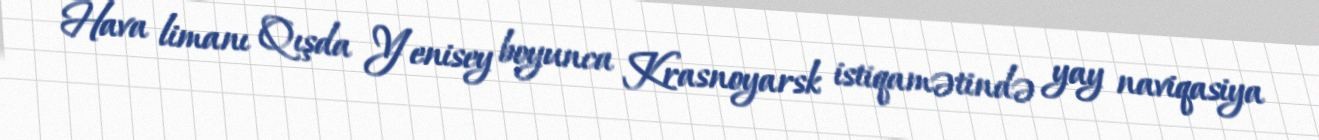
Hava limanı Qışda Yenisey boyunca Krasnoyarsk istiqamətində yay naviqasiya